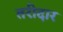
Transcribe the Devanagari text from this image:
तरीदार